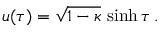
u ( \tau ) = \sqrt { 1 - \kappa } \, \sinh \tau \, .